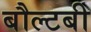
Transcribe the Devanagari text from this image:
बौल्टबी